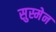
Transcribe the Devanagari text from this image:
सुस्मेन